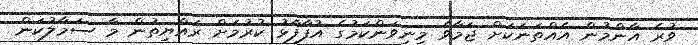
ވުރެ އާންމުން އެއްތަނަކަށް ޖަމާވެ މިނިވަންކަމުގެ އުފާފާޅު ކުރުމަށް ރައްޔިތުން މާ ސަމާލުކަން